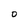
Character: 0